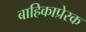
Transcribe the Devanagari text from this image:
बाहिकाप्रेरक